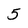
Character: 5